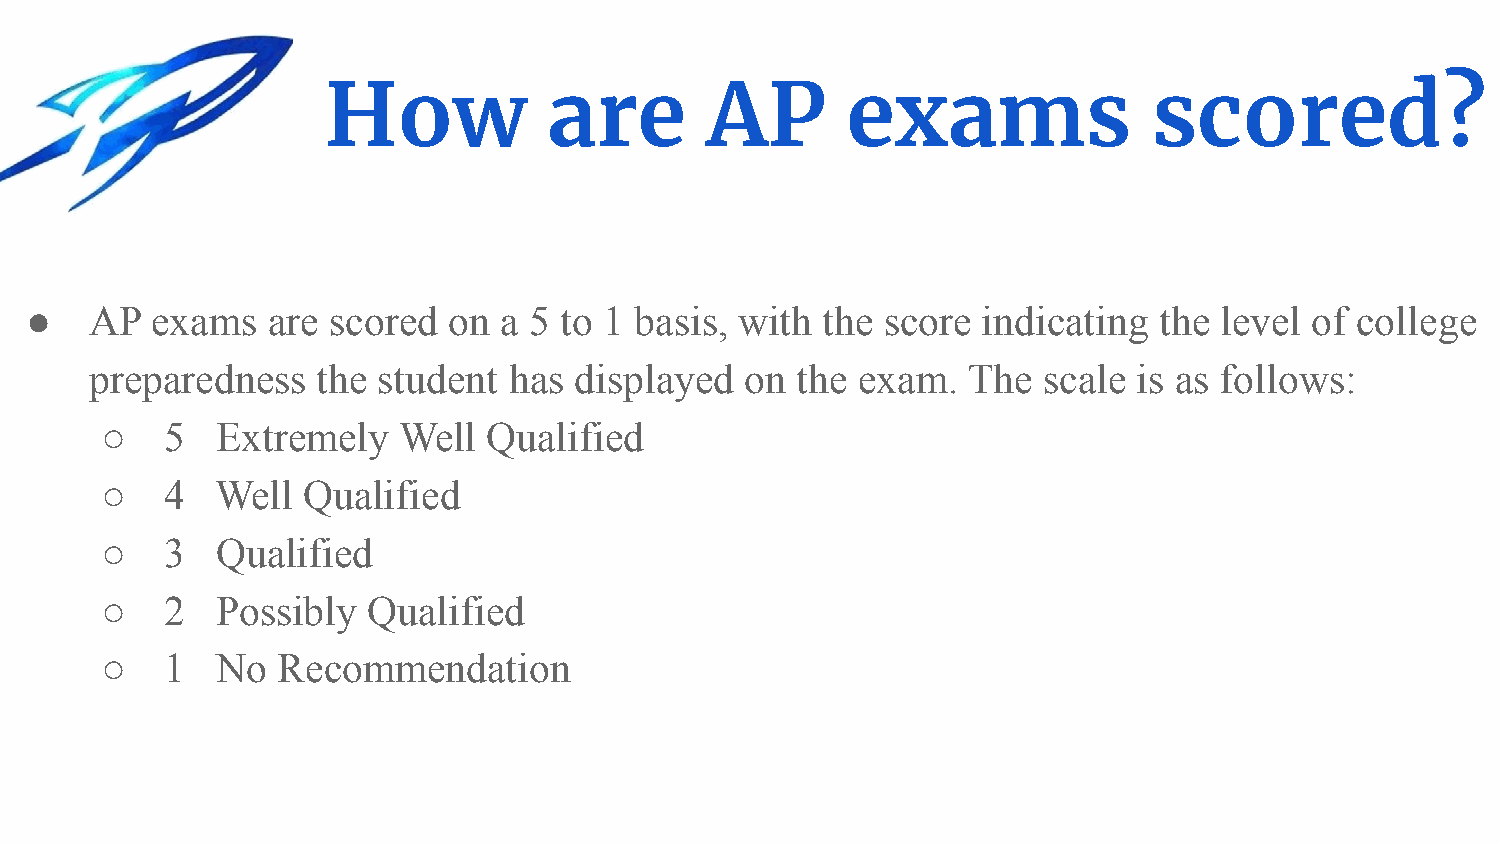
How            are        AP       exams               scored?
 ●   AP  exams   are scored  on a 5 to 1 basis, with the  score indicating  the level of college
 preparedness   the student  has displayed  on  the exam.  The  scale is as follows:
 ○   5  Extremely   Well  Qualified
 ○   4  Well  Qualified
 ○   3  Qualified
 ○   2  Possibly  Qualified
 ○   1  No  Recommendation